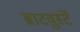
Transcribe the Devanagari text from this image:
ब्राटवुर्स्टे